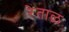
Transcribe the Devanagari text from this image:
रेताळ